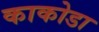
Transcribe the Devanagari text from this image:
काकोडा